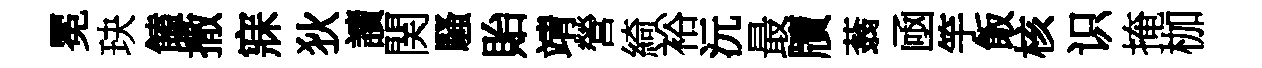
冕玦饁撒寐狄讀関騷貽靖營綺裕沅最牘蓊凾竽飯核识掩枷